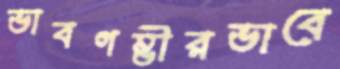
ভাবগম্ভীরভাবে